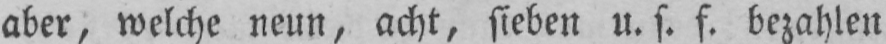
aber, welche neun, acht, sieben u. f. f. bezahlen